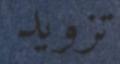
تزويد